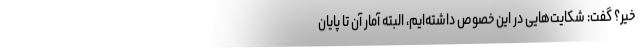
خیر؟ گفت: شکایت‌هایی در این خصوص داشته‌ایم، البته آمار آن تا پایان